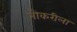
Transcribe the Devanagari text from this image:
नौकरीला